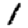
Digit: 1